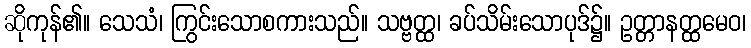
ဆိုကုန်၏။ သေသံ၊ ကြွင်းသောစကားသည်။ သဗ္ဗတ္ထ၊ ခပ်သိမ်းသောပုဒ်၌။ ဥတ္တာနတ္ထမေဝ၊